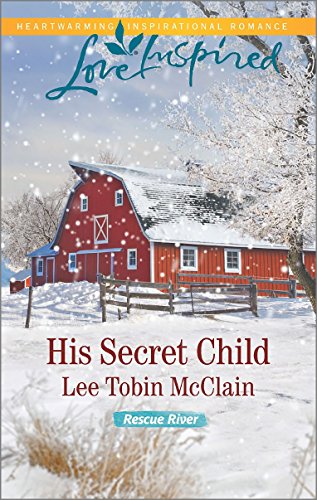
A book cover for His Secret Child (Rescue River); Lee Tobin McClain; Romance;